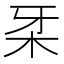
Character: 𰗔